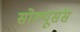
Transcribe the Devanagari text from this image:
सोल्यूसंस